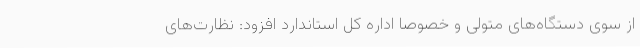
از سوی دستگاه‌های متولی و خصوصا اداره کل استاندارد افزود: نظارت‌های